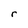
Character: r